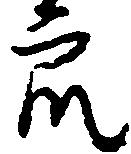
衆